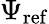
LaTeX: \Psi_{\mathrm{ref}}